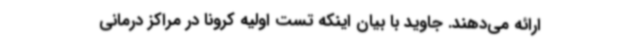
ارائه می‌دهند. جاوید با بیان اینکه تست اولیه کرونا در مراکز درمانی